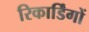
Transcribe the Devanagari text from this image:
रिकार्डिंगों